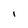
Character: l